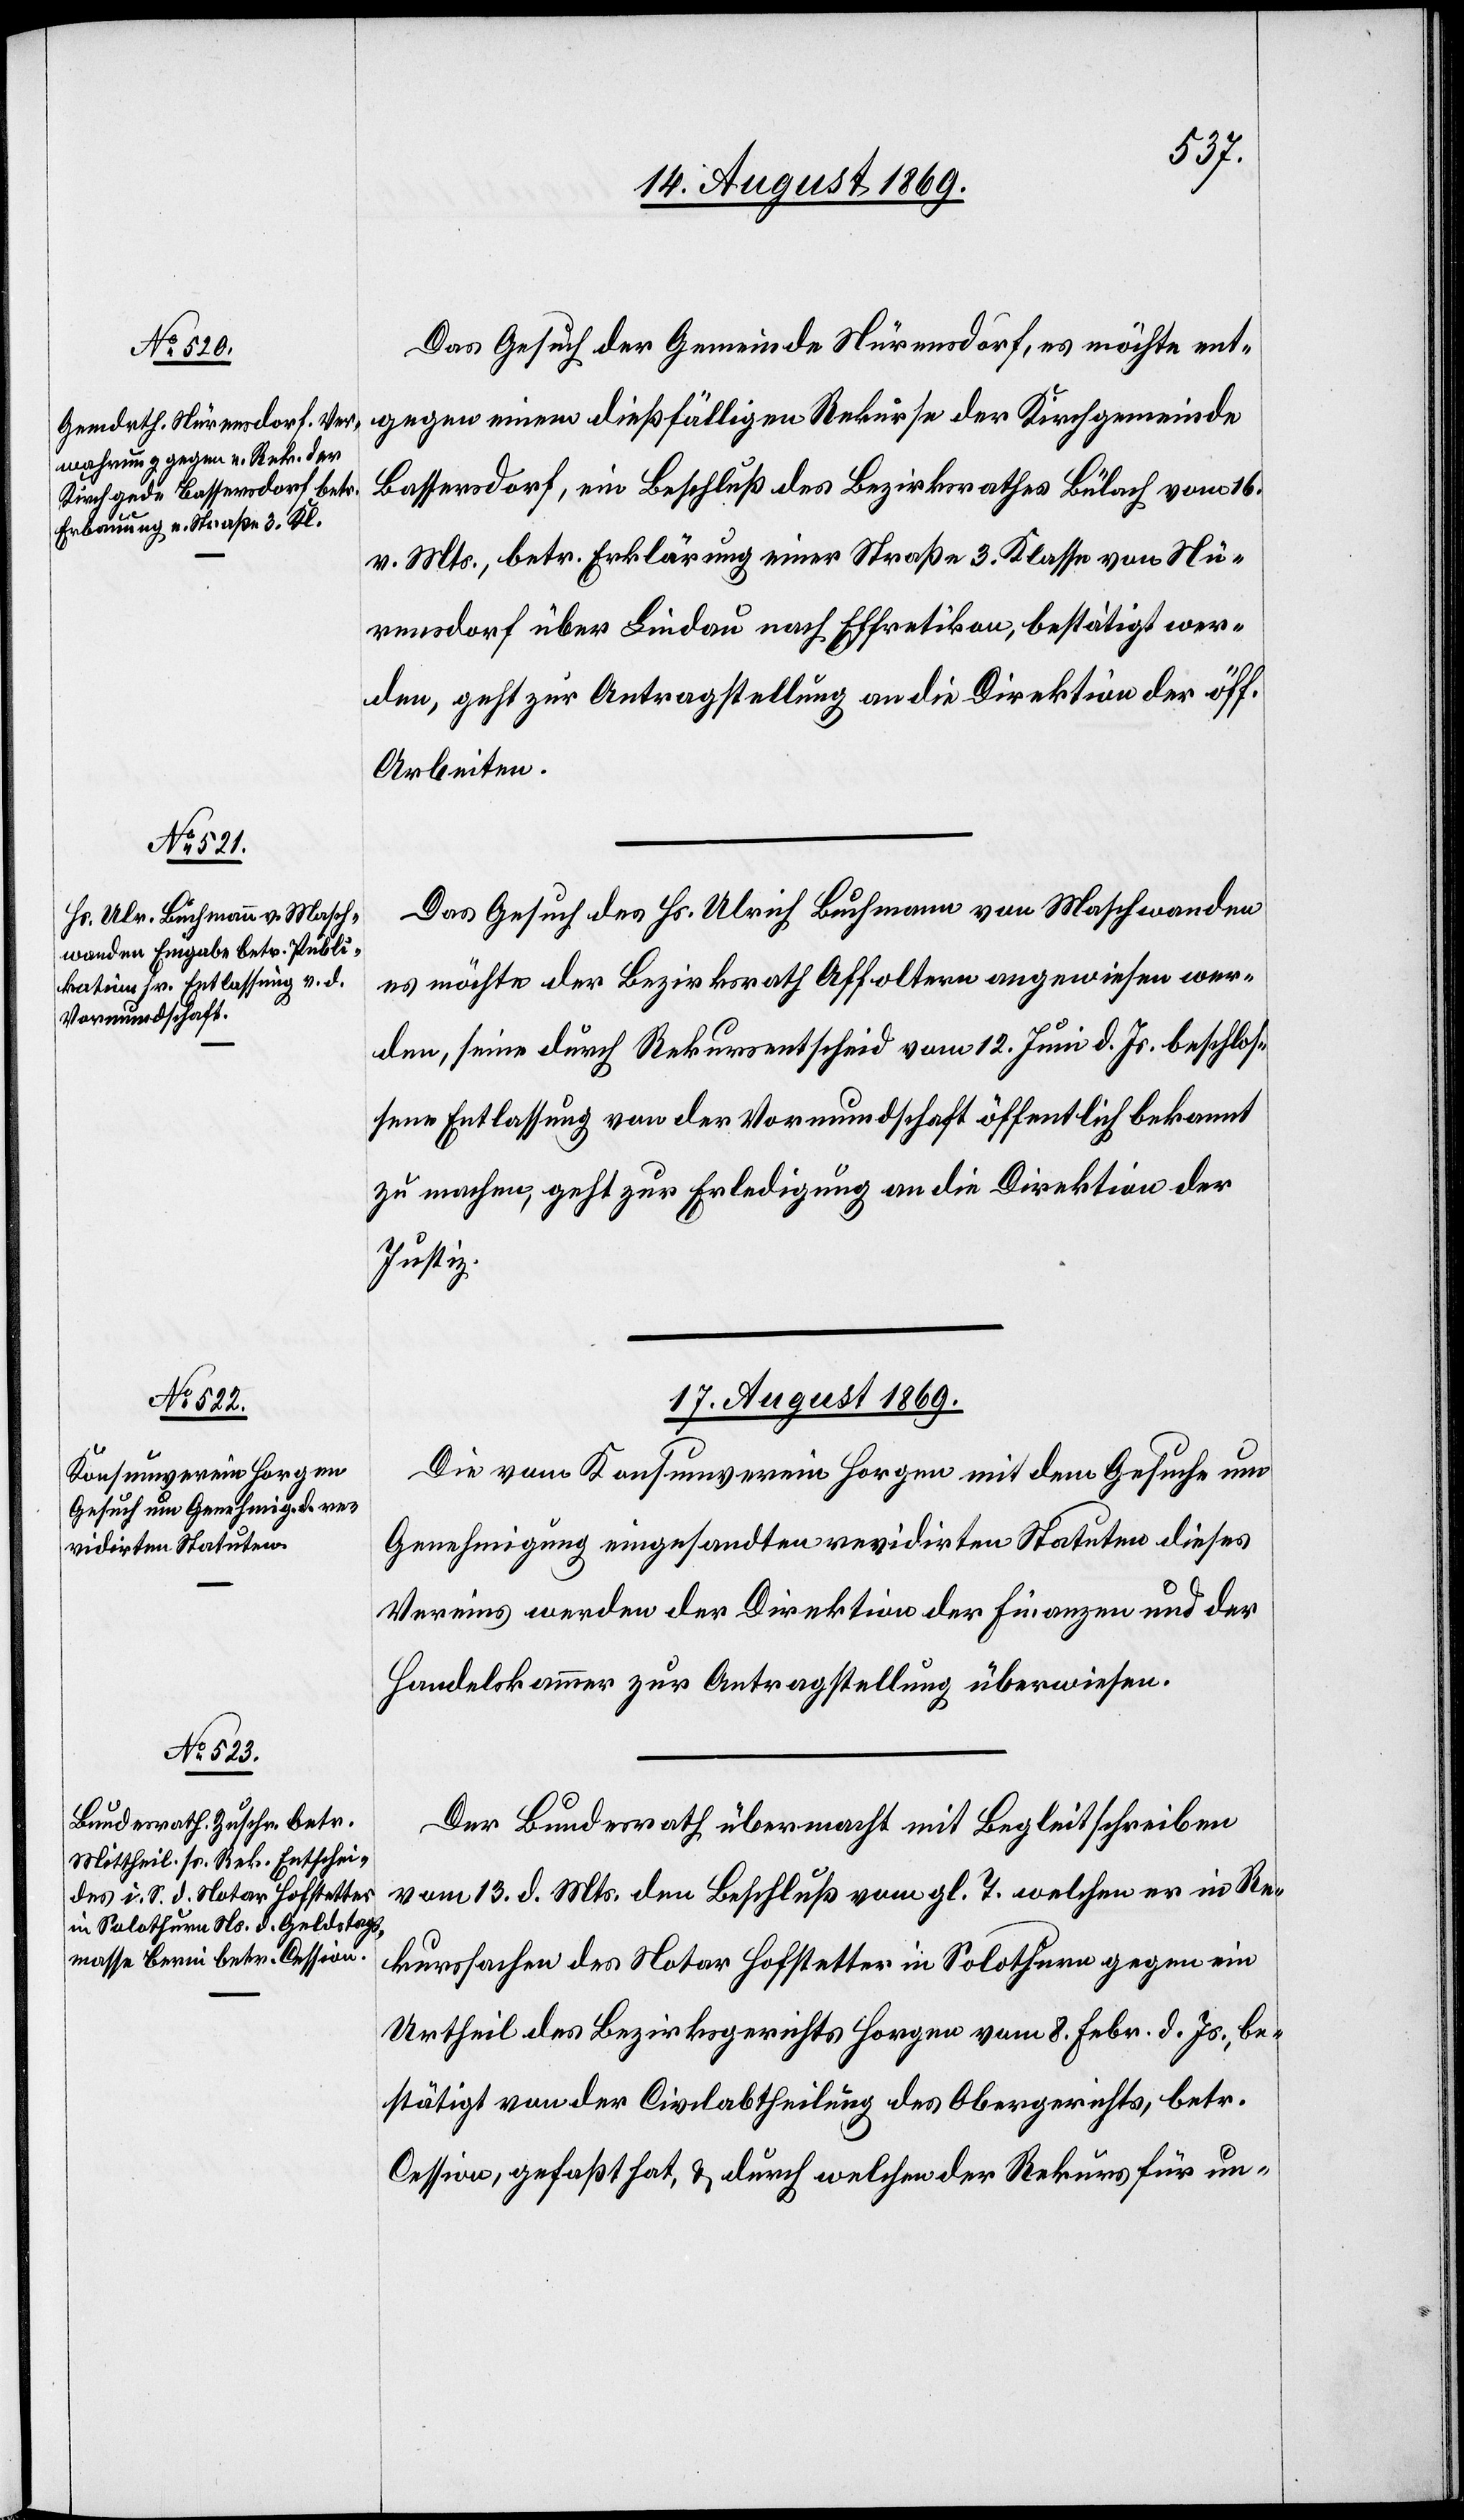
16. August 1869.]
Das Gesuch der Gemeinde Nürensdorf, es möchte ent¬
gegen einem dießfälligen Rekurse der Kirchgemeinde
Bassersdorf, ein Beschluß des Bezirksrathes Bülach vom 16.
v. Mts., betr. Erklärung einer Straße 3. Klasse von Nü¬
rensdorf über Lindau nach Effretikon, bestätigt wer¬
den, geht zur Antragstellung an die Direktion der öff.
Arbeiten.
Das Gesuch des Hs. Ulrich Buchmann von Maschwanden
es möchte der Bezirksrath Affoltern angewiesen wer¬
den, seine durch Rekursentscheid vom 12. Juni d. Js. beschlos¬
sene Entlassung von der Vormundschaft öffentlich bekannt
zu machen, geht zur Erledigung an die Direktion der
Justiz.
17. August 1869.]
Die vom Konsumverein Horgen mit dem Gesuche um
Genehmigung eingesandten revidirten Statuten dieses
Vereins werden der Direktion der Finanzen und der
Handelskammer zur Antragstellung überwiesen.
Der Bundesrath übermacht mit Begleitschreiben
vom 13. d. Mts. den Beschluß vom gl. T. welchen er in Re¬
kurssachen des Notar Hofstetter in Solothurn gegen ein
Urtheil des Bezirksgerichts Horgen vom 8. Febr. d. Js., be¬
stätigt von der Civilabtheilung des Obergerichts, betr.
Cession, gefaßt, & durch welchen der Rekurs für un-